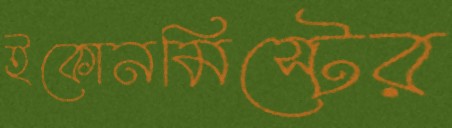
ইকোনমিস্টের